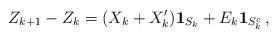
LaTeX: \begin{align*} Z_{k+1} - Z_k = (X_k + X_k') {\bf 1}_{S_k} + E_k {\bf 1}_{S_k^c} \, , \end{align*}